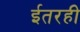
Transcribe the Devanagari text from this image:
ईतरही